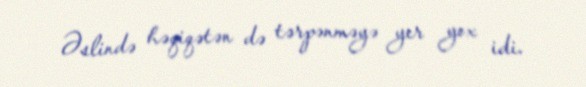
Əslində həqiqətən də tərpənməyə yer yox idi.